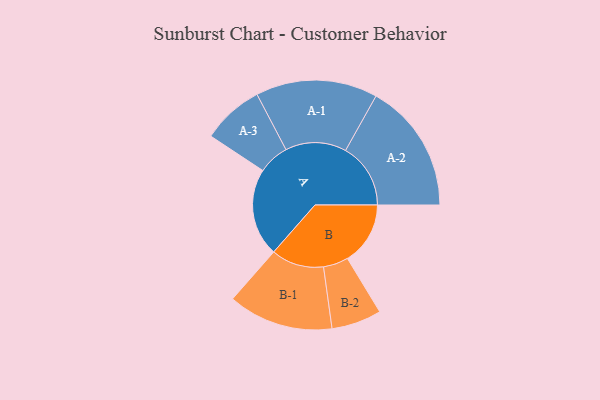
{"axis": {"x": "Segment", "y": "Value"}, "legend": ["", "A", "B"], "data": [{"x": "A", "y": 404, "type": ""}, {"x": "B", "y": 289, "type": ""}, {"x": "A-1", "y": 280, "type": "A"}, {"x": "A-2", "y": 299, "type": "A"}, {"x": "A-3", "y": 142, "type": "A"}, {"x": "B-1", "y": 242, "type": "B"}, {"x": "B-2", "y": 115, "type": "B"}]}